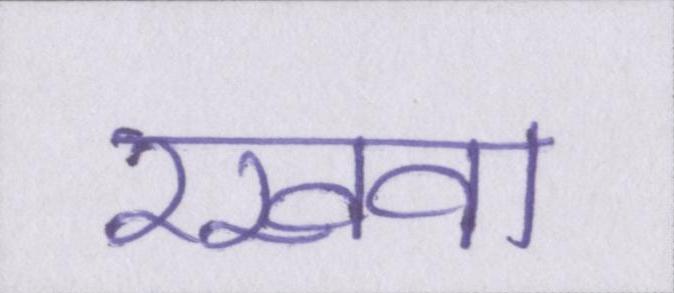
रखवा